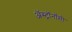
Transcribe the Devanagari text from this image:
अॅस्ट्रॉनॉमी